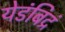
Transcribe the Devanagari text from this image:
येडंबिद्रं